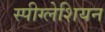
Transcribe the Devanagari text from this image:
स्पीग्लेशियन